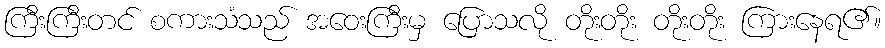
ကြီးကြီးတင် စကားသံသည် အဝေးကြီးမှ ပြောသလို တိုးတိုး တိုးတိုး ကြားနေရ၏။